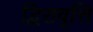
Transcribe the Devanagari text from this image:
द्विरावृत्ति